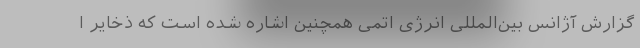
گزارش آژانس بین‌المللی انرژی اتمی همچنین اشاره شده است که ذخایر ا